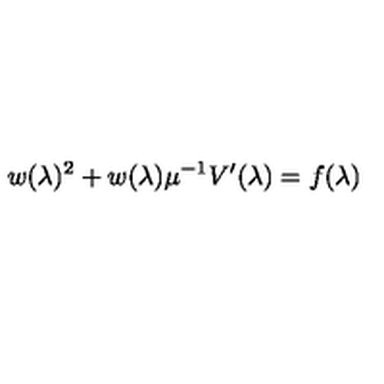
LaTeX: w ( \lambda ) ^ { 2 } + w ( \lambda ) \mu ^ { - 1 } V ^ { \prime } ( \lambda ) = f ( \lambda ) \